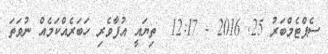
ސެޕްޓެމްބަރު 25